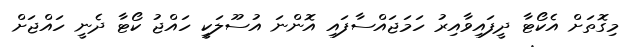
މިގޮތަށް އެކޯޓާ ދީފައިވާއިރު ހަމަޖައްސާފައި އޮންނަ އުސޫލަކީ ހައްޖު ކޯޓާ ދެނީ ހައްޖަށް